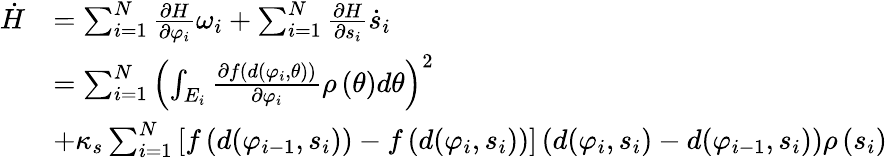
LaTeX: \begin{array}{rl}{\dot{H}}&{=\sum_{i=1}^{N}{\frac{{\partial H}}{{\partial{\varphi_{i}}}}{\omega_{i}}}+\sum_{i=1}^{N}{\frac{{\partial H}}{{\partial{s_{i}}}}{{\dot{s}}_{i}}}}\\ &{=\sum_{i=1}^{N}{{{\left({\int_{{E_{i}}}{\frac{{\partial f\left({d({\varphi_{i}},\theta)}\right)}}{{\partial{\varphi_{i}}}}\rho\left(\theta\right)d\theta}}\right)}^{2}}}}\\ &{+{\kappa_{s}}\sum_{i=1}^{N}{\left[{f\left({d({\varphi_{i-1}},{s_{i}})}\right)-f\left({d({\varphi_{i}},{s_{i}})}\right)}\right]}\left({d({\varphi_{i}},{s_{i}})-d({\varphi_{i-1}},{s_{i}})}\right)\rho\left({{s_{i}}}\right)}\end{array}